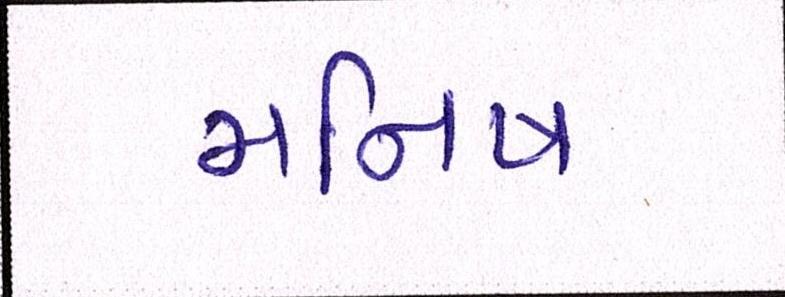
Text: મનિષ